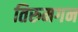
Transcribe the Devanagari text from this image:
तिरुमगन